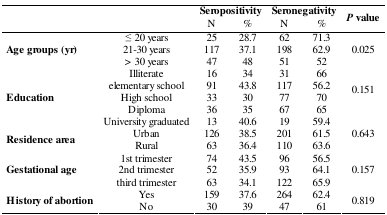
| <ROWSPAN=2>  | <ROWSPAN=2>  | <COLSPAN=2> Seropositivity | <COLSPAN=2> Seronegativity | <ROWSPAN=2> P value |
 | N | % | N | % |
 | --- | --- | --- | --- | --- | --- | --- |
 | <ROWSPAN=4> Age groups (yr) | ≤ 20 years | 25 | 28.7 | 62 | 71.3 | <ROWSPAN=4> 0.025 |
 | 21-30 years | 117 | 37.1 | 198 | 62.9 |
 | > 30 years | 47 | 48 | 51 | 52 |
 | Illiterate | 16 | 34 | 31 | 66 |
 | <ROWSPAN=4> Education | elementary school | 91 | 43.8 | 117 | 56.2 | <ROWSPAN=4> 0.151 |
 | High school | 33 | 30 | 77 | 70 |
 | Diploma | 36 | 35 | 67 | 65 |
 | University graduated | 13 | 40.6 | 19 | 59.4 |
 | <ROWSPAN=2> Residence area | Urban | 126 | 38.5 | 201 | 61.5 | <ROWSPAN=2> 0.643 |
 | Rural | 63 | 36.4 | 110 | 63.6 |
 | <ROWSPAN=3> Gestational age | 1st trimester | 74 | 43.5 | 96 | 56.5 | <ROWSPAN=3> 0.157 |
 | 2nd trimester | 52 | 35.9 | 93 | 64.1 |
 | third trimester | 63 | 34.1 | 122 | 65.9 |
 | <ROWSPAN=2> History of abortion | Yes | 159 | 37.6 | 264 | 62.4 | <ROWSPAN=2> 0.819 |
 | No | 30 | 39 | 47 | 61 |